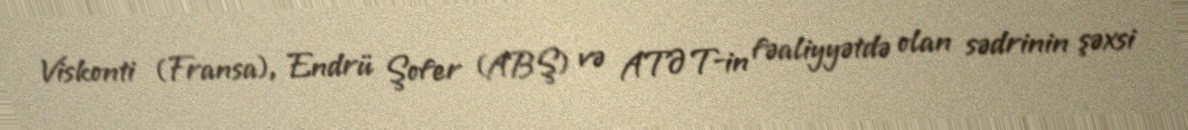
Viskonti (Fransa), Endrü Şofer (ABŞ) və ATƏT-in fəaliyyətdə olan sədrinin şəxsi